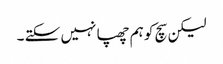
لیکن سچ کو ہم چھپا نہیں سکتے ۔